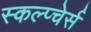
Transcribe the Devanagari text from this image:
स्कल्प्चेर्स